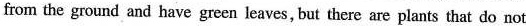
from the ground and have green leaves, but there are plants that do not